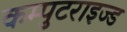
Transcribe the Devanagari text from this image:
कम्पुटराइज्ड